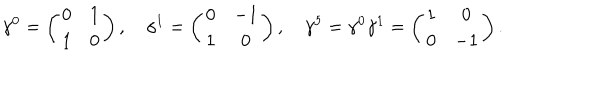
LaTeX: \gamma ^ { 0 } = \left( \begin{matrix} { { 0 } } & { { 1 } } \\ { { 1 } } & { { 0 } } \\ \end{matrix} \right) , \quad \gamma ^ { 1 } = \left( \begin{matrix} { { 0 } } & { { - 1 } } \\ { { 1 } } & { { 0 } } \\ \end{matrix} \right) , \quad \gamma ^ { 5 } = \gamma ^ { 0 } \gamma ^ { 1 } = \left( \begin{matrix} { { 1 } } & { { 0 } } \\ { { 0 } } & { { - 1 } } \\ \end{matrix} \right) .